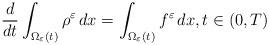
LaTeX: \begin{align*} \frac{d}{dt}\int_{\Omega_{\varepsilon}(t)}\rho^\varepsilon\,dx = \int_{\Omega_\varepsilon(t)}f^\varepsilon\,dx, t\in(0,T)\end{align*}